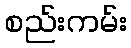
စည်းကမ်း